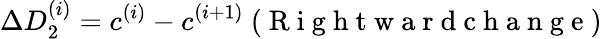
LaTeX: \Delta D_{2}^{(i)}=c^{(i)}-c^{(i+1)}\mathrm{~(~R~i~g~h~t~w~a~r~d~c~h~a~n~g~e~)~}